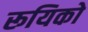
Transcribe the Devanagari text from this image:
रूयिको